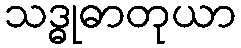
သဒ္ဓုဓာတုယာ